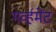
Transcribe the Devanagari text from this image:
गर्व्हमेंट